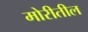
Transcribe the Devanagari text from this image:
मोरीतील